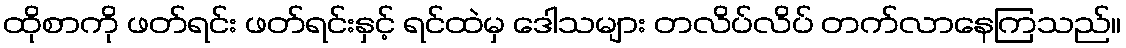
ထိုစာကို ဖတ်ရင်း ဖတ်ရင်းနှင့် ရင်ထဲမှ ဒေါသများ တလိပ်လိပ် တက်လာနေကြသည်။